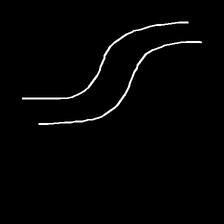
Glyph: float